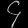
Digit: ၄